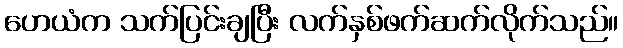
ဟေယံက သက်ပြင်းချပြီး လက်နှစ်ဖက်ဆက်လိုက်သည်။